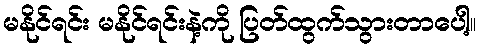
မနိုင်ရင်း မနိုင်ရင်းနဲ့ကို ပြတ်ထွက်သွားတာပေါ့။